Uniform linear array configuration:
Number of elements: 8
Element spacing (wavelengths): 0.25
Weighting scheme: exponential
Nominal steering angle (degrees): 45
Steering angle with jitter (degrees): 43.32
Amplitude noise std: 0.05
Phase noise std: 0.05

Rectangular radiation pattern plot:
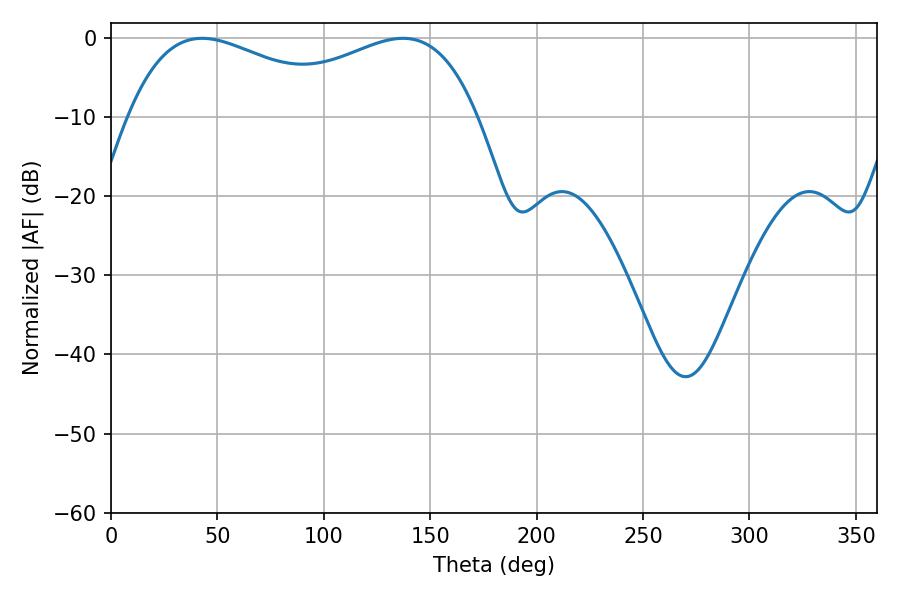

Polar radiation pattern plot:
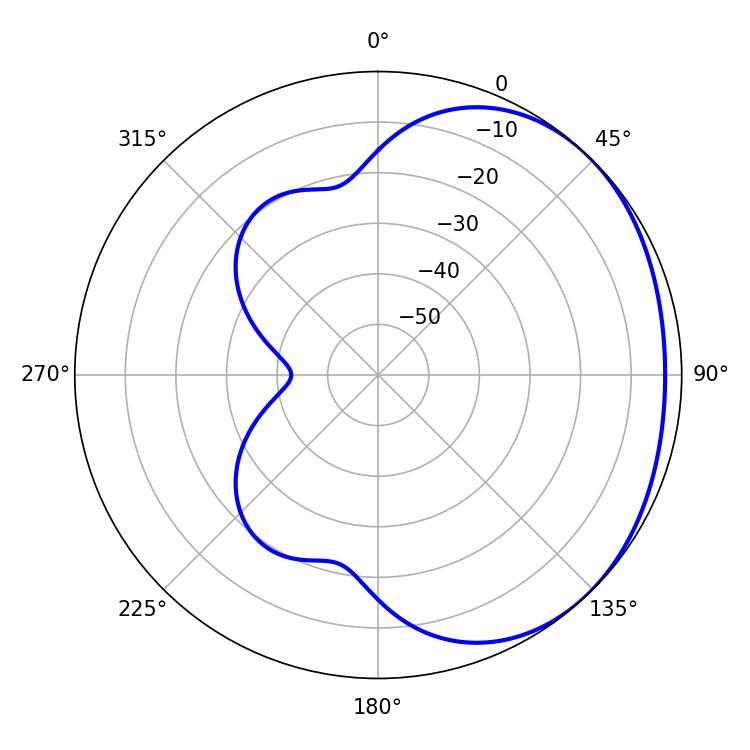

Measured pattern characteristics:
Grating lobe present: FALSE
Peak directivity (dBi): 1.682
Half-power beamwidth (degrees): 58.68
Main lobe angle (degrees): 42.84